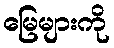
မြေများကို